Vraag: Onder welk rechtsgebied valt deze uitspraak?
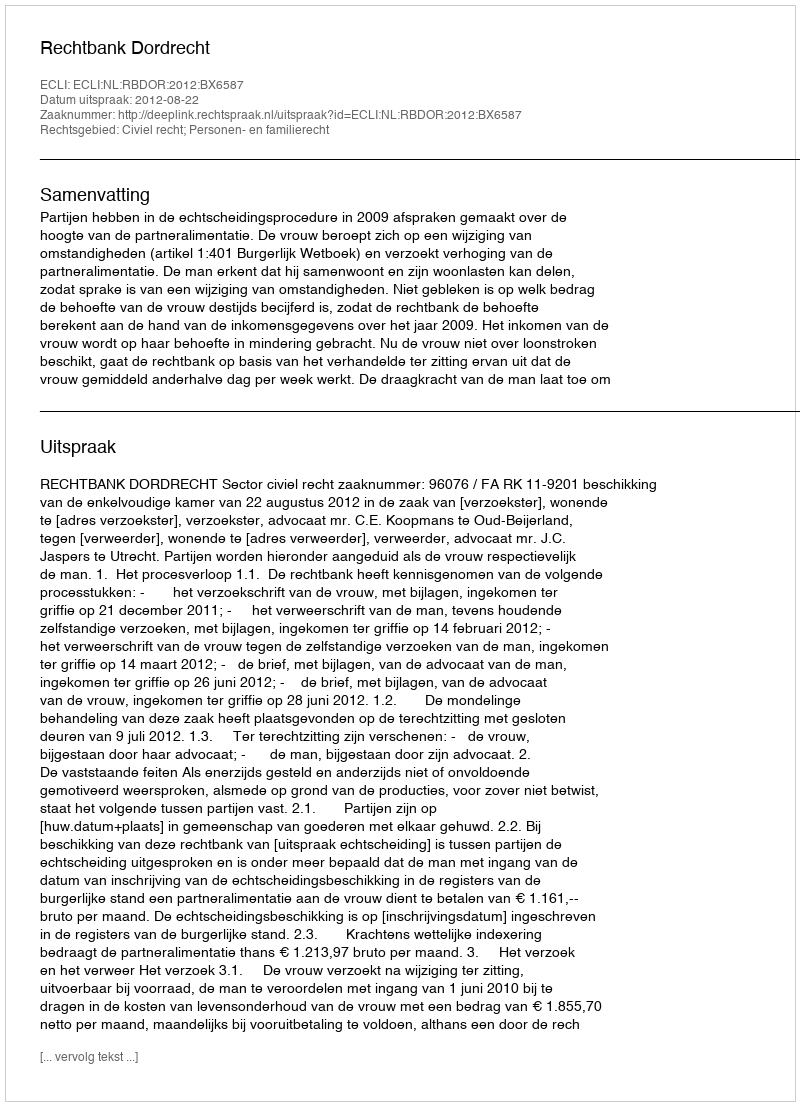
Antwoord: Civiel recht; Personen- en familierecht